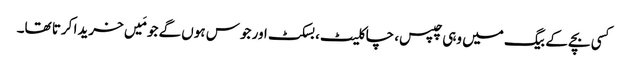
کسی بچے کے بیگ میں وہی چپس، چاکلیٹ، بسکٹ اور جوس ہوں گے جو مَیں خریدا کرتا تھا۔